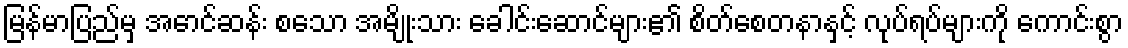
မြန်မာပြည်မှ အောင်ဆန်း စသော အမျိုးသား ခေါင်းဆောင်များ၏ စိတ်စေတနာနှင့် လုပ်ရပ်များကို ကောင်းစွာ